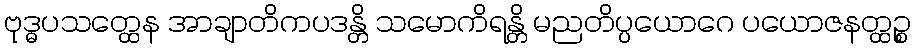
ဗုဒ္ဓပသတ္ထေန အာချာတိကပဒန္တိ သမောကိရန္တိ မညတိပ္ပယောဂေ ပယောဇနတ္ထဉ္စ